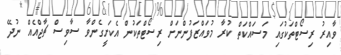
ވާއިރު ރިސޯޓްތަކުގައި މަސައްކަތް ކުރާ މުވައްޒަފުންނަށް ރިސޯޓްތަކުން އެކަށީގެންވާ ސާވިސް ޗާޖްއެއް ނުދޭ